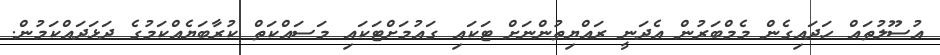
އުސޫލުތައް ހަދައިގެން މެމްބަރުން އެދަނީ ރައްޔިތުންނަށް ޓަކައި ގައުމަށްޓަކައި މަސައްކަތް ކުރާބަޔެއްކަމުގެ ދަޅަދައްކަމުން.